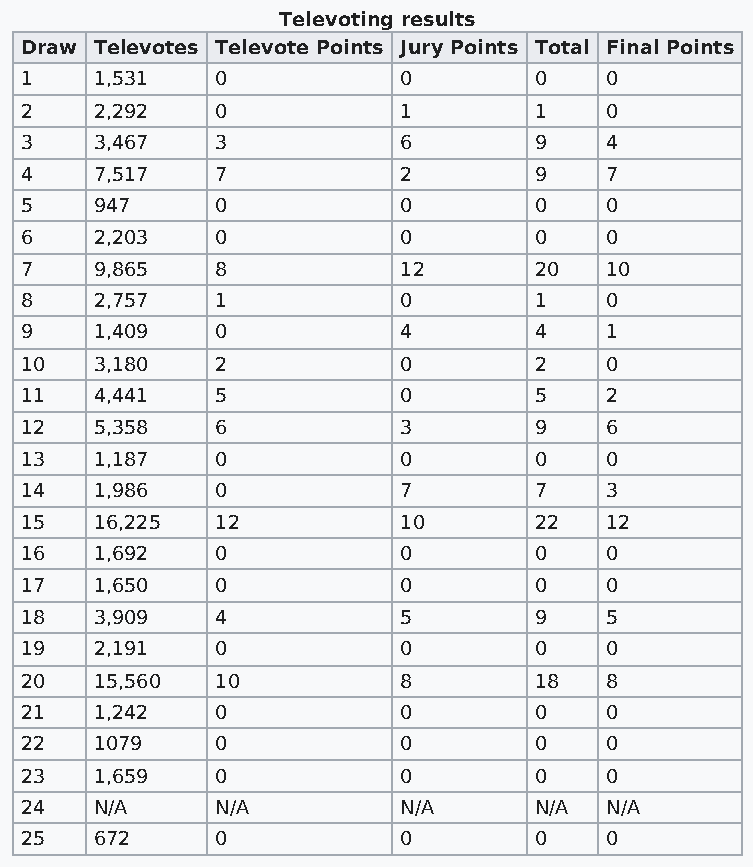
Televoting results
 Draw Televotes Televote Points Jury Points Total Final Points
 1    1,531   0           0        0    0
 2    2,292   0           1        1    0
 3    3,467   3           6        9    4
 4    7,517   7           2        9    7
 5    947     0           0        0    0
 6    2,203   0           0        0    0
 7    9,865   8           12       20   10
 8    2,757   1           0        1    0
 9    1,409   0           4        4    1
 10   3,180   2           0        2    0
 11   4,441   5           0        5    2
 12   5,358   6           3        9    6
 13   1,187   0           0        0    0
 14   1,986   0           7        7    3
 15   16,225  12          10       22   12
 16   1,692   0           0        0    0
 17   1,650   0           0        0    0
 18   3,909   4           5        9    5
 19   2,191   0           0        0    0
 20   15,560  10          8        18   8
 21   1,242   0           0        0    0
 22   1079    0           0        0    0
 23   1,659   0           0        0    0
 24   N/A     N/A         N/A      N/A  N/A
 25   672     0           0        0    0